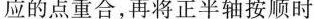
应的点重合，再将正半轴按顺时